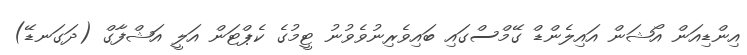
އިންޑިއަން އޯޝަން އައިލެންޑް ގޭމްސްގައި ބައިވެރިނުވެވުނު ޓީމުގެ ކެޕްޓަން އަލީ އަޝްފާގް (ދަގަނޑޭ)